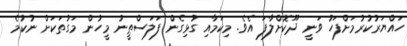
ހައްޔަރުކުރުމަށްފަހު ވަނީ ދޫކޮށްލާފަ އެވެ. މިކަމާއި ގުޅިގެން ފަލަސްޠީނު މީހުން މަގުތަކަށް ނުކުމެ